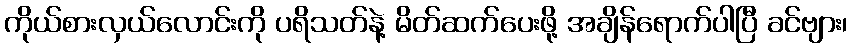
ကိုယ်စားလှယ်လောင်းကို ပရိသတ်နဲ့ မိတ်ဆက်ပေးဖို့ အချိန်ရောက်ပါပြီ ခင်ဗျား၊